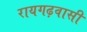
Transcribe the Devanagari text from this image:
रायगढ़वासी